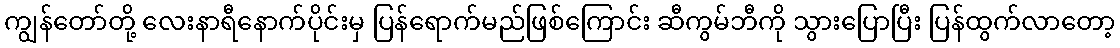
ကျွန်တော်တို့ လေးနာရီနောက်ပိုင်းမှ ပြန်ရောက်မည်ဖြစ်ကြောင်း ဆီကွမ်ဘီကို သွားပြောပြီး ပြန်ထွက်လာတော့